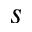
\boldsymbol { s }